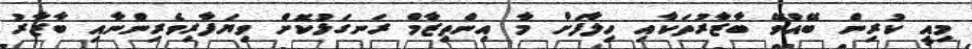
މިއީ ކުރިން ބޭއްވޭ ބާޒާރުތަކާއި ހިލާފަށް މާ އިންތިޒާމް ރަނގަޅުކޮށް ވިޔަފާރިވެރިންނާއި ބާޒާރު